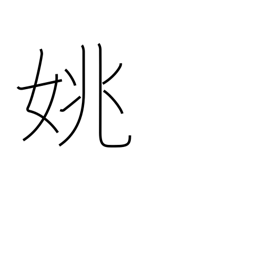
Meaning: beautiful